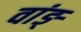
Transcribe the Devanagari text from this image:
वांङ्‌